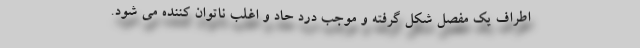
اطراف یک مفصل شکل گرفته و موجب درد حاد و اغلب ناتوان کننده می شود.